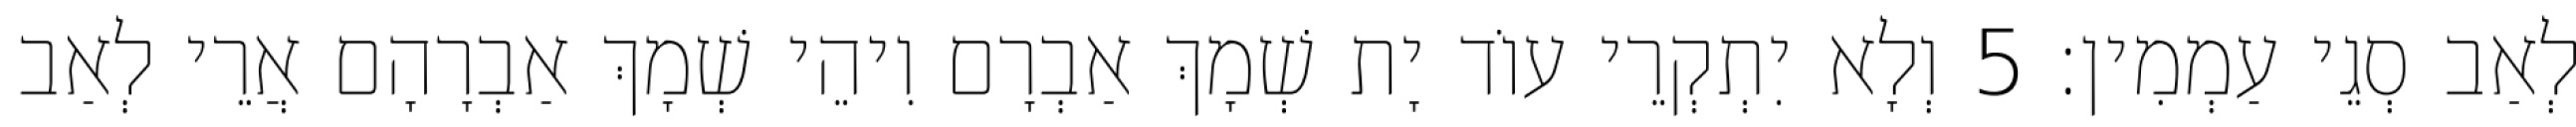
לְאַב סְגֵי עַמְמִין׃ 5 וְלָא יִתְקְרֵי עוֹד יָת שְׁמָךְ אַבְרָם וִיהֵי שְׁמָךְ אַבְרָהָם אֲרֵי לְאַב